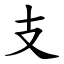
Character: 支